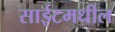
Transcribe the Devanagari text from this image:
साईटमधील